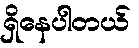
ရှိနေပါတယ်